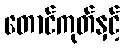
တောင်ကုတ်နှင့်